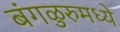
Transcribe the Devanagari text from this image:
बंगळुरुमध्ये